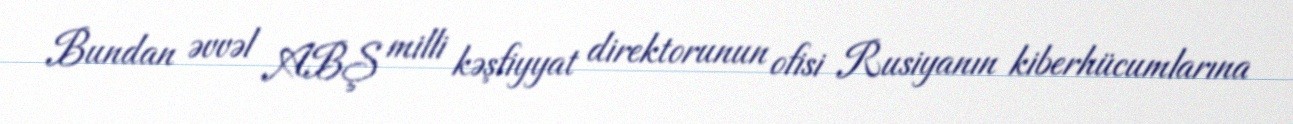
Bundan əvvəl ABŞ milli kəşfiyyat direktorunun ofisi Rusiyanın kiberhücumlarına